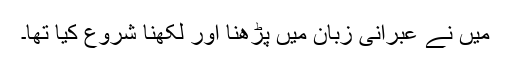
میں نے عبرانی زبان میں پڑھنا اور لکھنا شروع کیا تھا۔